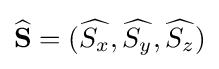
{\widehat {\mathbf {S} }}=({\widehat {S_{x}}},{\widehat {S_{y}}},{\widehat {S_{z}}})